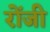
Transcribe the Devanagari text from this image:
रोंजी